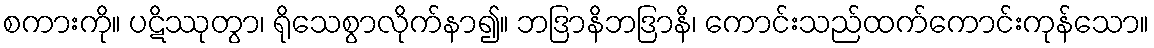
စကားကို။ ပဋိဿုတွာ၊ ရိုသေစွာလိုက်နာ၍။ ဘဒြာနိဘဒြာနိ၊ ကောင်းသည်ထက်ကောင်းကုန်သော။